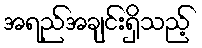
အရည်အချင်းရှိသည့်